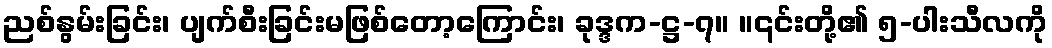
ညစ်နွမ်းခြင်း၊ ပျက်စီးခြင်းမဖြစ်တော့ကြောင်း၊ ခုဒ္ဒက-ဋ္ဌ-၇။ ။၎င်းတို့၏ ၅-ပါးသီလကို